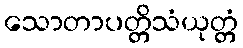
သောတာပတ္တိသံယုတ္တံ